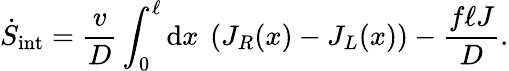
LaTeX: \dot{S}_{\mathrm{int}}=\frac{v}{D}\int_{0}^{\ell}\mathrm{d}x~\left(J_{R}(x)-J_{L}(x)\right)-\frac{f\ell J}{D}.